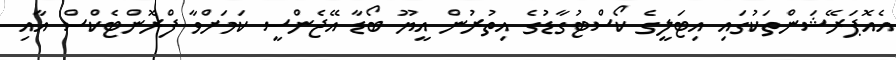
އެއޮޕަރޭޝަންތަކުގައި އިޓަލީގެ ކޯސްޓުގާޑުގެ އިތުރުން އީޔޫ ބޯޑާ އޭޖެންސީ ކަމަށްވާ ފްރޮންޓެކްސް އާއި